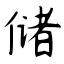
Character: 储